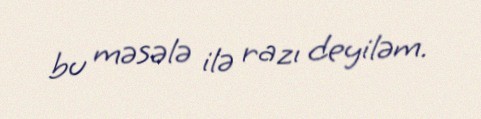
bu məsələ ilə razı deyiləm.